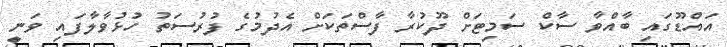
އައްޑޫގައި ބާއްވާ ސާކް ސަމިޓަށް ދޫކުރާ ފާސްތަކަށް އެދުމުގެ ފުރުސަތު ހުޅުވާލާފައި ވަނީ